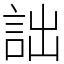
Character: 詘